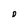
Character: D